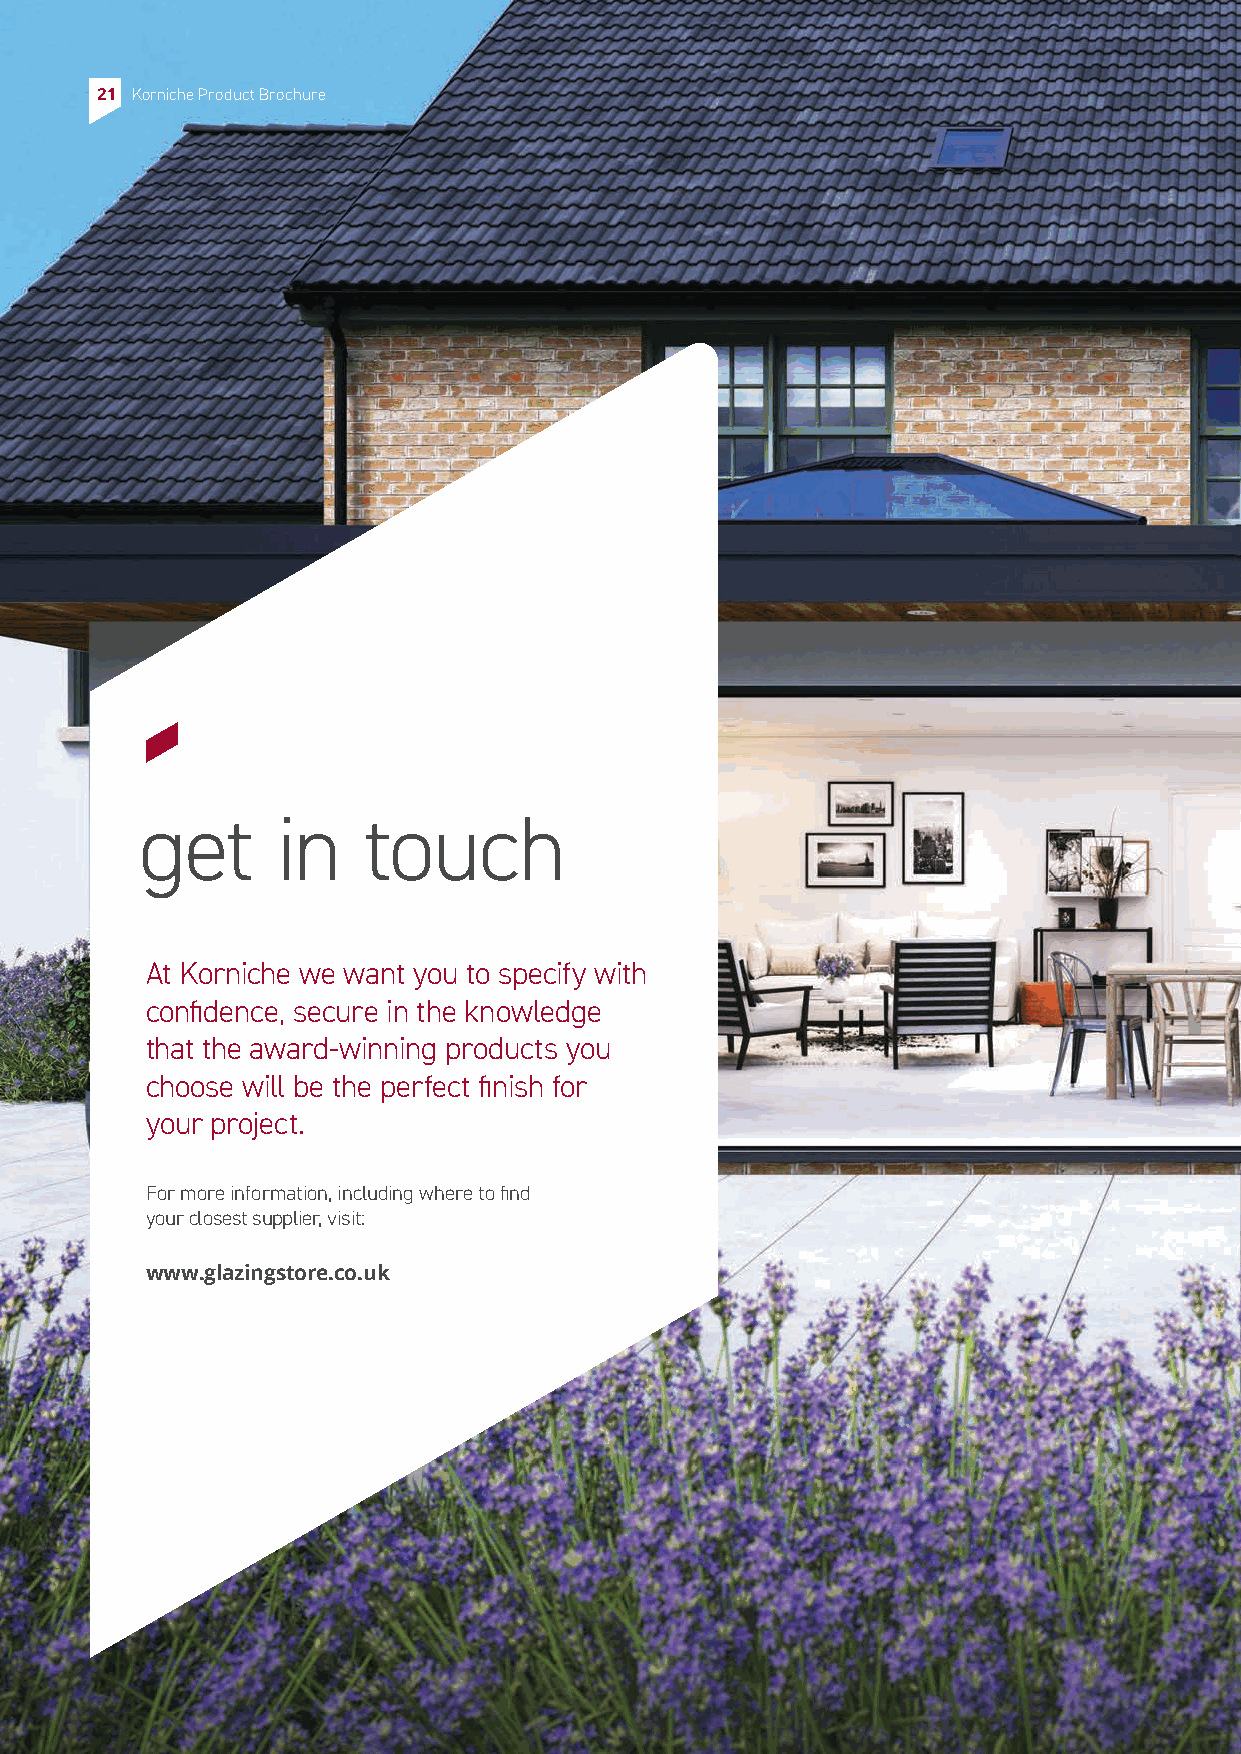
21 Korniche Product Brochure
 get      in    touch
 At Korniche we want you to specify with
 confidence, secure in the knowledge
 that the award-winning products you
 choose will be the perfect finish for
 your project.
 For more information, including where to find
 your closest supplier, visit:
 www.glazingstore.co.uk